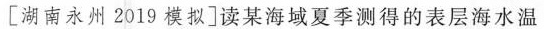
[湖南永州2019模拟]读某海域夏季测得的表层海水温